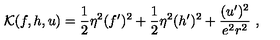
{ \cal K } ( f , h , u ) = \frac 1 2 \eta ^ { 2 } ( f ^ { \prime } ) ^ { 2 } + \frac 1 2 \eta ^ { 2 } ( h ^ { \prime } ) ^ { 2 } + \frac { ( u ^ { \prime } ) ^ { 2 } } { e ^ { 2 } r ^ { 2 } } \ ,